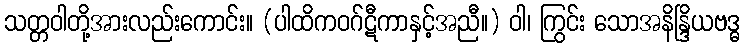
သတ္တဝါတို့အားလည်းကောင်း။ (ပါထိကဝဂ်ဋီကာနှင့်အညီ။) ဝါ၊ ကြွင်း သောအနိန္ဒြိယဗဒ္ဓ